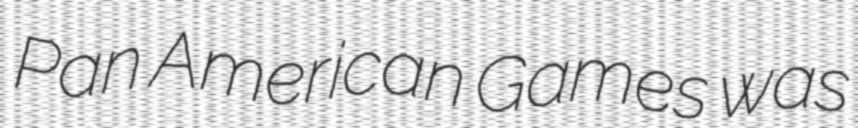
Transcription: Pan American Games was